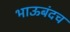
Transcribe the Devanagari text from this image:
भाऊबंदच